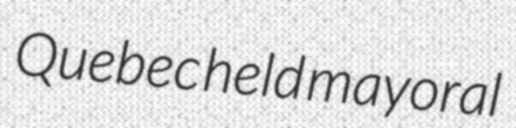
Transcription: Quebec held mayoral